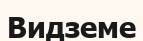
Видземе